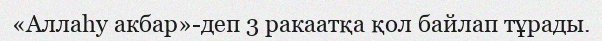
«Аллаһу акбар»-деп 3 ракаатқа қол байлап тұрады.